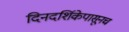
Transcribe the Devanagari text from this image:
दिनदर्शिकेपासूनच